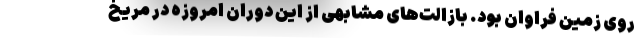
روی زمین فراوان بود. بازالت‌های مشابهی از این دوران امروزه در مریخ